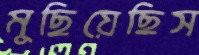
মুছিয়েছিস